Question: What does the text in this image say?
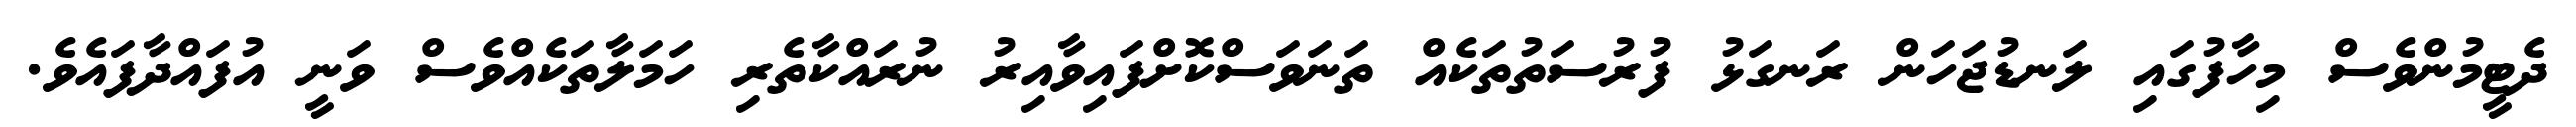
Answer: ދެޓީމުންވެސް މިހާފުގައި ލަނޑުޖަހަން ރަނގަޅު ފުރުސަތުތަކެއް ތަނަވަސްކޮށްފައިވާއިރު ނުރައްކާތެރި ހަމަލާތަކެއްވެސް ވަނީ އުފައްދާފައެވެ.